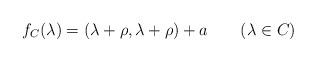
LaTeX: \begin{align*}f_C(\lambda)=(\lambda+\rho,\lambda+\rho)+a\qquad(\lambda\in C)\end{align*}